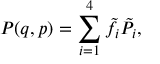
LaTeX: P ( q , p ) = \sum _ { i = 1 } ^ { 4 } \tilde { f } _ { i } \tilde { P } _ { i } ,